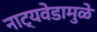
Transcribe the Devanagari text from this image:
नाट्यवेडामुळे